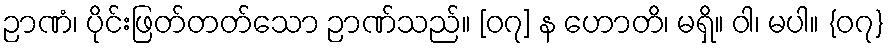
ဉာဏံ၊ ပိုင်းဖြတ်တတ်သော ဉာဏ်သည်။ [၀၇] န ဟောတိ၊ မရှိ။ ဝါ၊ မပါ။ {၀၇}